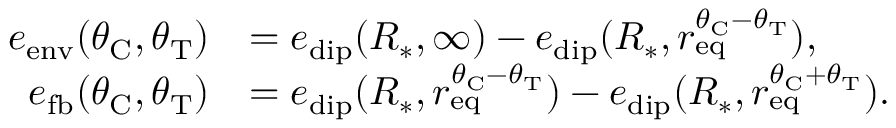
\begin{array} { r l } { e _ { \mathrm { e n v } } ( \theta _ { \mathrm { C } } , \theta _ { \mathrm { T } } ) } & { = e _ { \mathrm { d i p } } ( R _ { * } , \infty ) - e _ { \mathrm { d i p } } ( R _ { * } , r _ { \mathrm { e q } } ^ { \theta _ { \mathrm { C } } - \theta _ { \mathrm { T } } } ) , } \\ { e _ { \mathrm { f b } } ( \theta _ { \mathrm { C } } , \theta _ { \mathrm { T } } ) } & { = e _ { \mathrm { d i p } } ( R _ { * } , r _ { \mathrm { e q } } ^ { \theta _ { \mathrm { C } } - \theta _ { \mathrm { T } } } ) - e _ { \mathrm { d i p } } ( R _ { * } , r _ { \mathrm { e q } } ^ { \theta _ { \mathrm { C } } + \theta _ { \mathrm { T } } } ) . } \end{array}